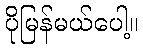
ပိုမြန်မယ်ပေါ့။